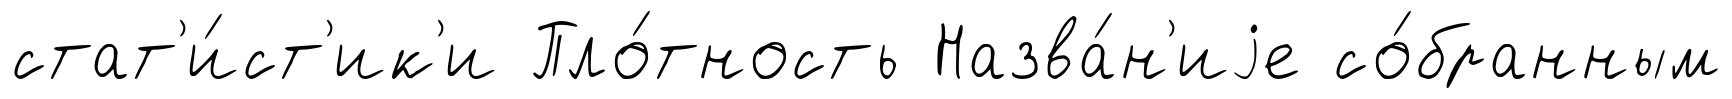
стат'и́ст'ик'и Пло́тность Назва́н'иjе со́бранным